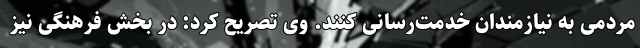
مردمی به نیازمندان خدمت‌رسانی کنند. وی تصریح کرد: در بخش فرهنگی نیز